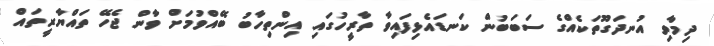
ދިމާވި އުނދަގޫތަކެއްގެ ސަބަބުން ކަނޑައެޅިފައިވާ ތާރީހުގައި އިންތިހާބު ބޭއްވުމަށް ވާން ޖެހޭ ތައްޔާރީތައް